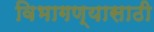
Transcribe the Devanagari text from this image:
विभागण्यासाठी